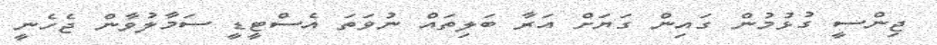
ޖިންސީ ގުޅުމުން ގައިން ގަޔަށް އަރާ ބަލިތައް ނުވަތަ އެސްޓީޑީ ސަމާލުވާން ޖެހެނީ